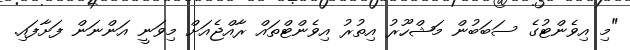
"މި އިވެންޓުގެ ސަބަބުން މަޝްހޫރު އިތުރު އިވެންޓްތައް ރާއްޖެއަށް މިވަނީ އަންނަން ފަށާފައި.